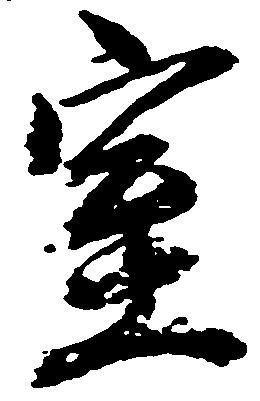
室